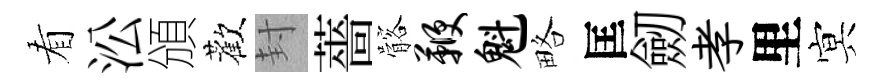
看㳂頒歡封薔髂鞭魁略匡劒孝里㝠